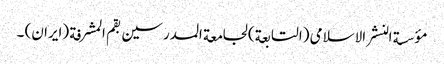
مؤسسة النشر الاسلامی (التابعة) لجامعة المدرسین بقم المشرفة (ایران) ۔